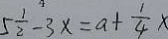
5 \frac { 1 } { 2 } - 3 x = a + \frac { 1 } { 4 } x